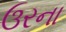
ઉરના